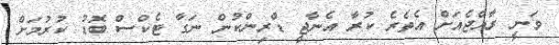
ވަނީ ރާއްޖެއަށް އެތެރެ ކުރާ އެނާޖީ ޑްރިންކުން ނަގާ ޓެކްސް ބޮޑު ކުރުމަށް